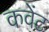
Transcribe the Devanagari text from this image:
कवेंट